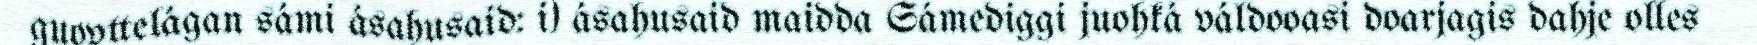
guovttelágan sámi ásahusaid: i) ásahusaid maidda Sámediggi juohká váldooasi doarjagis dahje olles